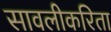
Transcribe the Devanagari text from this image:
सावलीकरिता